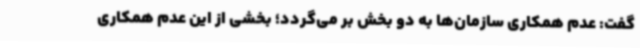
گفت: عدم همکاری سازمان‌ها به دو بخش بر می‌گردد؛ بخشی از این عدم همکاری